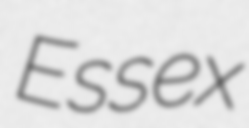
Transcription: Essex